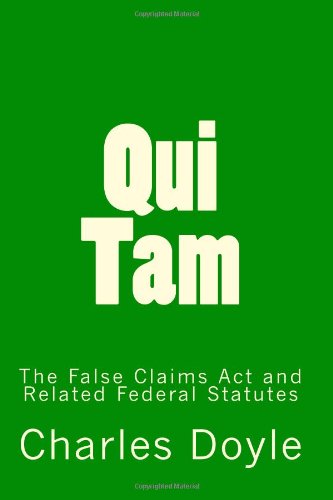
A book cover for Qui Tam: The False Claims Act and Related Federal Statutes; Charles Doyle; Law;